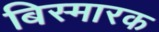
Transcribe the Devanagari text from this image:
बिस्मारक